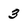
Character: 3